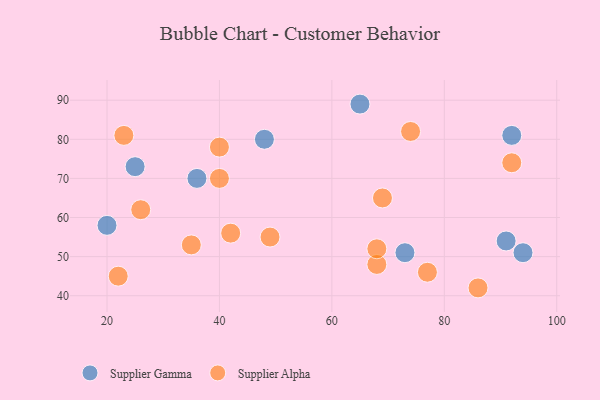
{"axis": {"x": "GDP", "y": "Life Expectancy"}, "legend": ["Supplier Alpha", "Supplier Gamma"], "data": [{"x": "65", "y": 89, "type": "Supplier Gamma"}, {"x": "25", "y": 73, "type": "Supplier Gamma"}, {"x": "91", "y": 54, "type": "Supplier Gamma"}, {"x": "20", "y": 58, "type": "Supplier Gamma"}, {"x": "94", "y": 51, "type": "Supplier Gamma"}, {"x": "92", "y": 81, "type": "Supplier Gamma"}, {"x": "48", "y": 80, "type": "Supplier Gamma"}, {"x": "73", "y": 51, "type": "Supplier Gamma"}, {"x": "36", "y": 70, "type": "Supplier Gamma"}, {"x": "74", "y": 82, "type": "Supplier Alpha"}, {"x": "68", "y": 48, "type": "Supplier Alpha"}, {"x": "22", "y": 45, "type": "Supplier Alpha"}, {"x": "26", "y": 62, "type": "Supplier Alpha"}, {"x": "35", "y": 53, "type": "Supplier Alpha"}, {"x": "40", "y": 70, "type": "Supplier Alpha"}, {"x": "92", "y": 74, "type": "Supplier Alpha"}, {"x": "40", "y": 78, "type": "Supplier Alpha"}, {"x": "23", "y": 81, "type": "Supplier Alpha"}, {"x": "42", "y": 56, "type": "Supplier Alpha"}, {"x": "77", "y": 46, "type": "Supplier Alpha"}, {"x": "68", "y": 52, "type": "Supplier Alpha"}, {"x": "86", "y": 42, "type": "Supplier Alpha"}, {"x": "69", "y": 65, "type": "Supplier Alpha"}, {"x": "49", "y": 55, "type": "Supplier Alpha"}]}